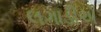
લગાડીએ